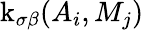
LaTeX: \operatorname{k}_{\sigma\beta}(A_{i},M_{j})